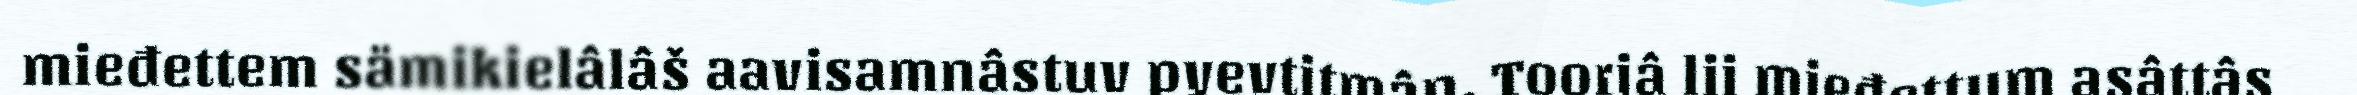
mieđettem sämikielâlâš aavisamnâstuv pyevtitmân. Toorjâ lii mieđettum asâttâs